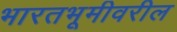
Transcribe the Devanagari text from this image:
भारतभूमीवरील